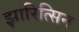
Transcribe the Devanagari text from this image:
झारित्सिन